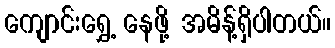
ကျောင်းရွှေ့ နေဖို့ အမိန့်ရှိပါတယ်။